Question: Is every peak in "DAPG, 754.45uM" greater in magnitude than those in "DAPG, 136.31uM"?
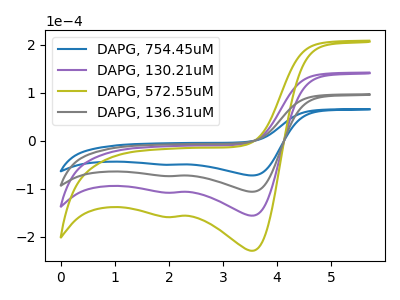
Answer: <think>The blue curve "DAPG, 754.45uM" has cathodic peaks at (3.55V, -72.40uA) (2.05V, -50.20uA). The purple curve "DAPG, 130.21uM" has cathodic peaks at (3.55V, -212.60uA) (2.05V, -147.40uA). The olive curve "DAPG, 572.55uM" has cathodic peaks at (3.55V, -318.90uA) (2.05V, -221.10uA). The gray curve "DAPG, 136.31uM" has cathodic peaks at (3.55V, -106.30uA) (2.05V, -73.70uA).</think>
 <answer>Every peak in "DAPG, 754.45uM" is lower than every peak in "DAPG, 136.31uM".</answer>
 <eval>lower</eval>